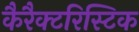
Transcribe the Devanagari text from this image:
कैरैक्टरिस्टिक